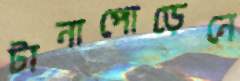
টানাপোড়েনে